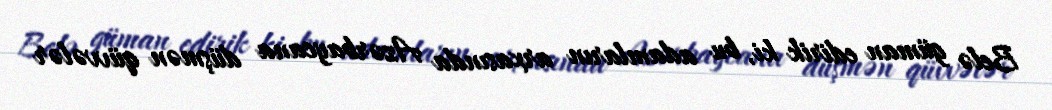
Belə güman edirik ki, bu adamların arxasında Azərbaycana düşmən qüvvələr